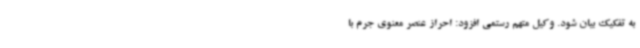
به تفکیک بیان شود. وکیل متهم رستمی افزود: احراز عنصر معنوی جرم با